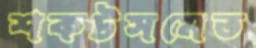
শকটসমেত